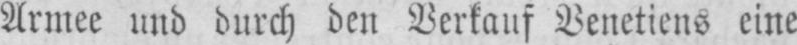
Armee und durch den Verkauf Venetiens eine